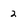
Character: 2